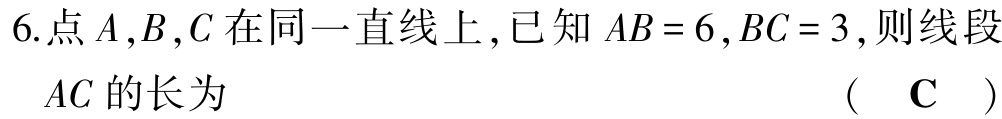
6.点\(A,B,C\)在同一直线上，已知\(AB = 6,BC = 3\)，则线段\(AC\)的长为 （ \(\mathbf{C}\) ）